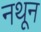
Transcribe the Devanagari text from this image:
नथून